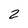
Character: 2